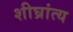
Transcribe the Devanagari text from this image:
शीघ्रांत्य